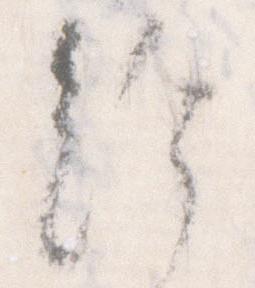
給